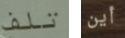
تلف أين